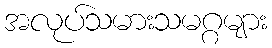
အလုပ်သမားသမဂ္ဂများ